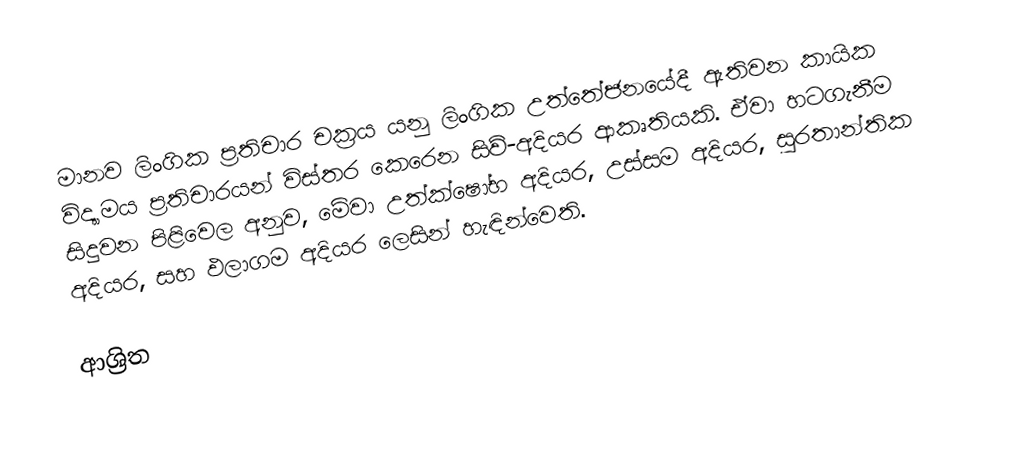
මානව ලිංගික ප්‍රතිචාර චක්‍රය යනු ලිංගික උත්තේජනයේදී ඇතිවන කායික විද්‍යාමය ප්‍රතිචාරයන් විස්තර කෙරෙන සිව්-අදියර ආකෘතියකි. ඒවා හටගැනීම සිදුවන පිළිවෙල අනුව, මේවා  උත්ක්ෂෝභ අදියර,  උස්සම අදියර, සුරතාන්තික අදියර, සහ  ඵලාගම අදියර ලෙසින් හැඳින්වෙති.

ආශ්‍රිත